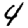
Digit: 4